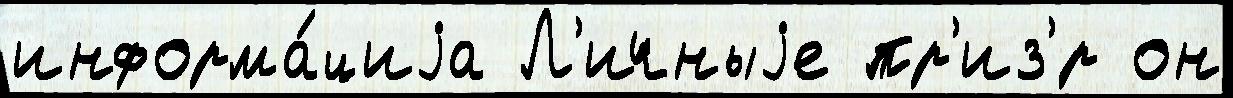
информа́циjа Л'ичныjе пр'из'́р он